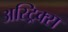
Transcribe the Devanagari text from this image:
अस्ट्रिक्स